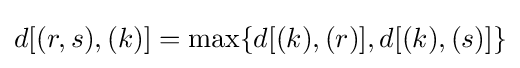
d[(r,s),(k)]=\max\{d[(k),(r)],d[(k),(s)]\}